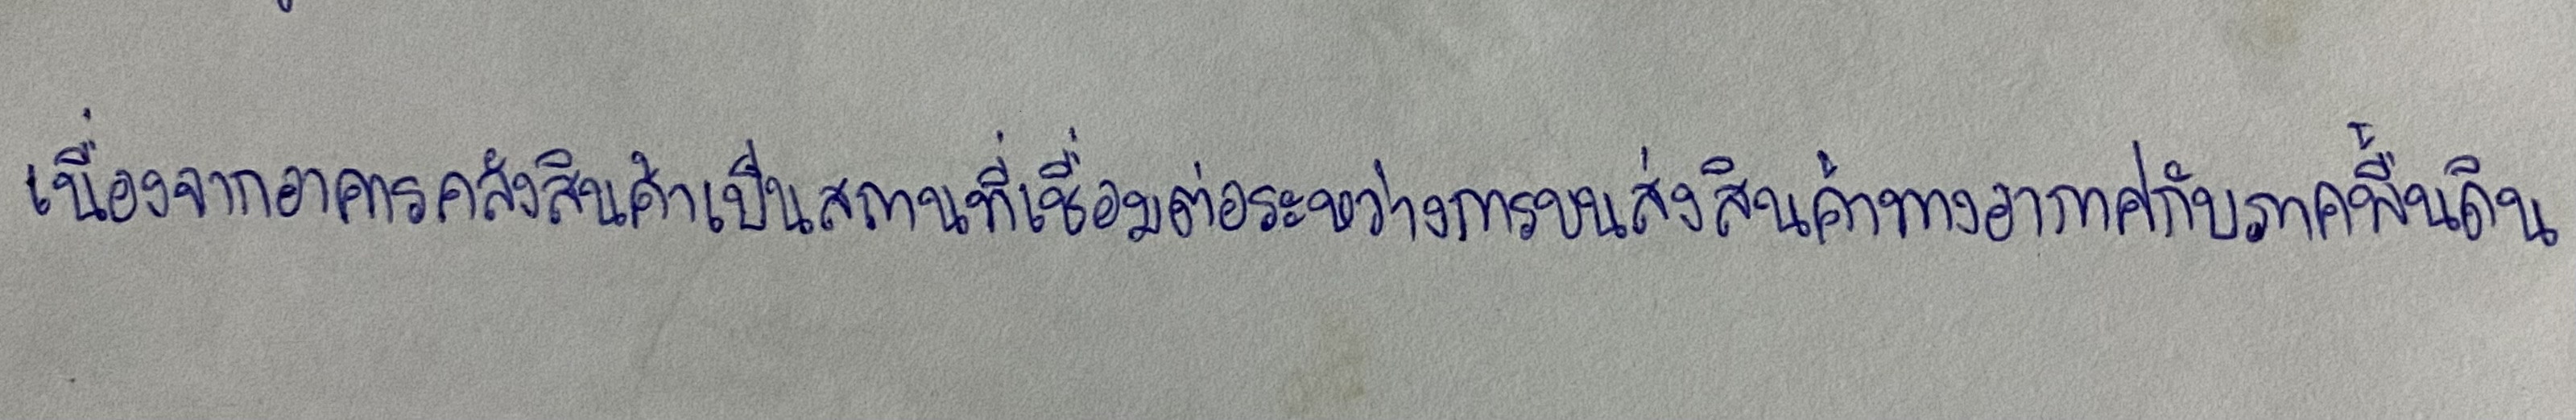
เนื่องจากอาคารคลังสินค้าเป็นสถานที่เชื่อมต่อระหว่างการขนส่งสินค้าทางอากาศกับภาคพื้นดิน